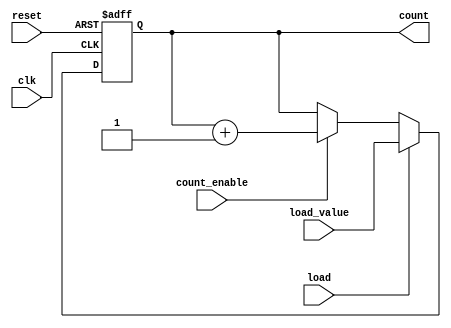
module async_load_counter (
    input wire clk,              // Clock signal
    input wire reset,            // Asynchronous reset signal
    input wire load,             // Load control signal
    input wire count_enable,     // Count enable signal
    input wire [N-1:0] load_value, // Value to load when load is asserted
    output reg [N-1:0] count     // Current counter value
);
    parameter N = 8; // Width of the counter

    always @(posedge clk or posedge reset) begin
        if (reset) begin
            count <= {N{1'b0}}; // Asynchronously reset the counter to 0
        end else if (load) begin
            count <= load_value; // Load value asynchronously
        end else if (count_enable) begin
            count <= count + 1; // Increment counter
        end
    end

endmodule